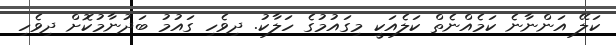
ކަލޭ އަންނާނެ ކަމެއްނެތް ކަލެއަކީ މިގައުމުގެ ހަލާކު. ދިވެހި ގައުމު ބަދުނާމުކޮށް ދިވެހި